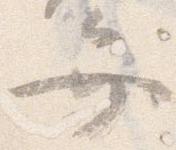
弁